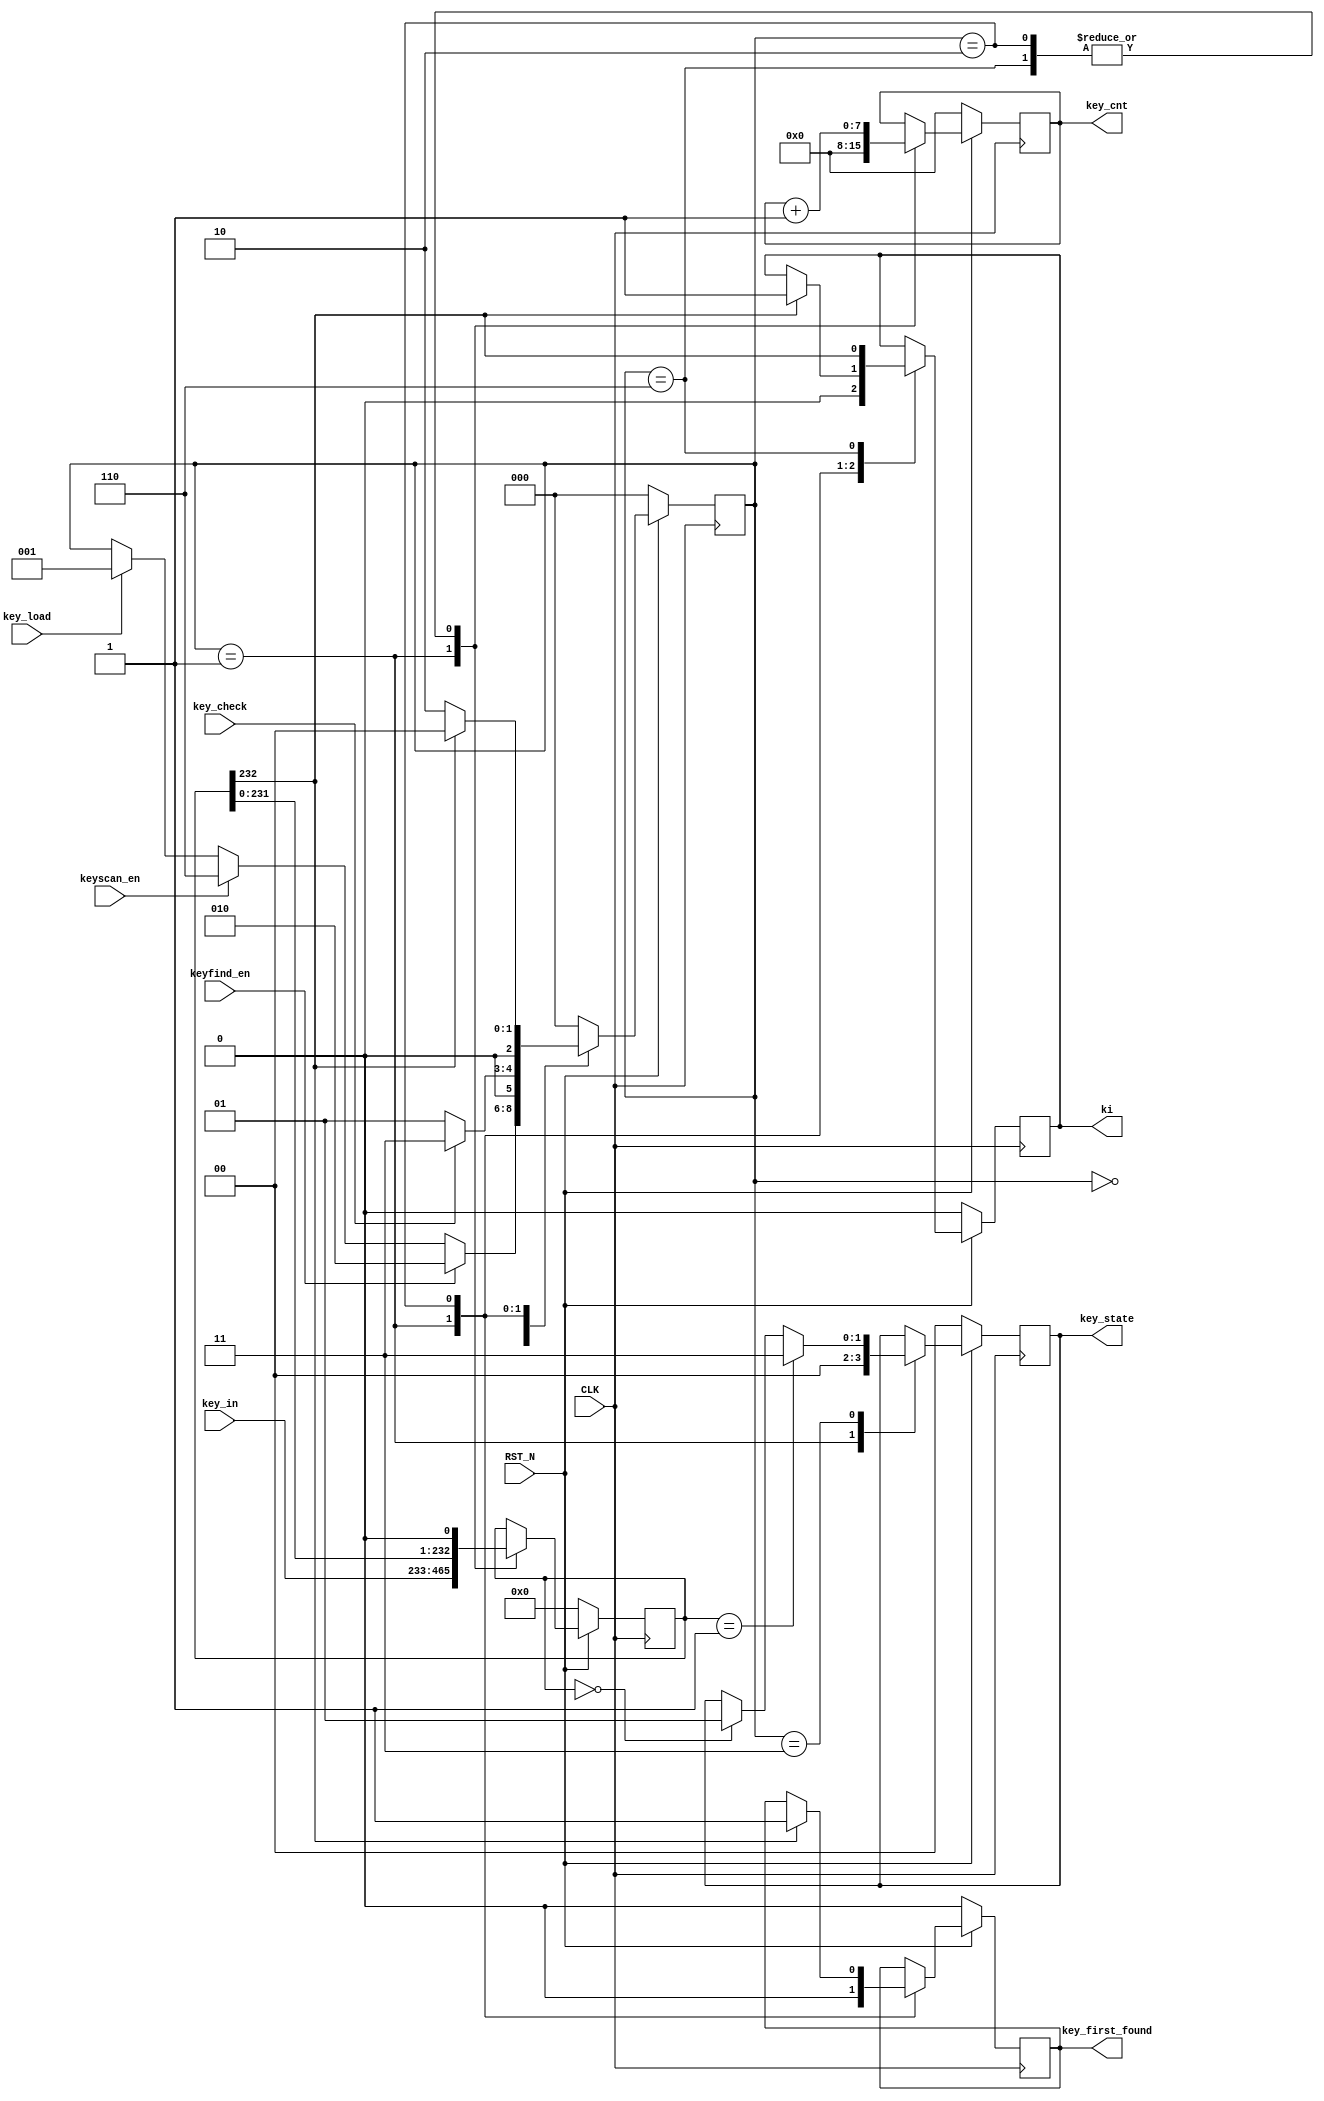
`timescale 1ns / 1ps 
//////////////////////////////////////////////////////////////////////////////////
// Company:
// Engineer:
//
// Design Name:
// Module Name:    keyscan
// Project Name:
// Target Devices:
// Tool versions:
// Description:
//
// Dependencies:
//
// Revision:
// Revision 0.01 - File Created
// Additional Comments:
//
//////////////////////////////////////////////////////////////////////////////////
module keyscan(
           CLK,
           RST_N,
           key_in,
           key_load,
           key_check,
           keyscan_en,
           keyfind_en,
           key_first_found,
           ki,
           key_cnt,
           key_state
       );
parameter N = 233; //
parameter
    KEY_IS_ZERO = 2'b01,
    KEY_IS_ONE = 2'b11;

input CLK;
input RST_N;
input key_load;
input key_check;
input keyscan_en;
input keyfind_en;
input [N - 1: 0] key_in;

output reg ki;
output reg key_first_found;
output reg [1: 0] key_state; //00 01k0 11k1.
reg [N - 1: 0] key;
output reg [7: 0] key_cnt;
reg [2: 0] state;

parameter
    IDLE = 3'b000,
    INIT = 3'b001,
    PRE_JUDGE = 3'b011,
    KEY_FIRST_SCAN = 3'b010,
    KEY_SCAN = 3'b110;

always @(posedge CLK) begin
    if (!RST_N) begin
        key <= 0;
        key_cnt <= 0;
        ki <= 0;
        key_first_found <= 0;
        key_state <= 0;
        state <= IDLE;
    end
    else begin
        case (state)
            IDLE: begin
                if (key_load == 1) begin
                    state <= INIT;
                end
                if (keyscan_en == 1) begin
                    state <= KEY_SCAN;
                end
                if (keyfind_en == 1) begin
                    state <= KEY_FIRST_SCAN;
                end

            end
            INIT: begin
                key <= key_in;
                key_state <= 2'b00;
                key_cnt <= 0;
                ki <= 0;
                key_first_found <= 0;
                if (key_check == 1) begin
                    state <= PRE_JUDGE;
                end
                else begin
                    state <= INIT;
                end
            end
            PRE_JUDGE: begin
                if (key == 0) begin
                    //$display("KEY_IS_ZERO\n");
                    key_state <= KEY_IS_ZERO;
                end
                if (key == 1) begin
                    key_state <= KEY_IS_ONE;
                end
                state <= IDLE;
            end
            KEY_FIRST_SCAN: begin
                //$display("scan module key=%b\n", key);
                key <= key << 1;
                key_cnt <= key_cnt + 1'b1;
                if (key[N - 1] == 1) begin
                    key_first_found <= 1;
                    ki <= 1;
                    state <= IDLE;
                end
                else begin
                    state <= KEY_FIRST_SCAN;
                end
            end
            KEY_SCAN: begin
                //$display($time, "scan module key=%b\n", key);
                ki <= key[N - 1];
                key <= key << 1;
                key_cnt <= key_cnt + 1'b1;
                state <= IDLE;
            end
            default: begin
                state <= IDLE;
            end
        endcase

    end
end
endmodule